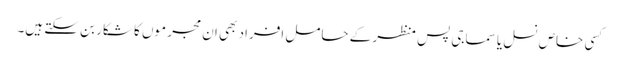
کسی خاص نسل یا سماجی پس منظر کے حامل افراد بھی ان مجر موں کا شکار بن سکتے ہیں۔